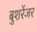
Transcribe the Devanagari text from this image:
बुशरेंजर